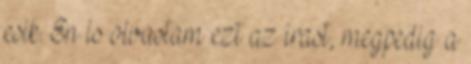
esik. En is olvastam ezt az irast, megpedig a